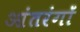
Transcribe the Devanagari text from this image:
आंतरंगों